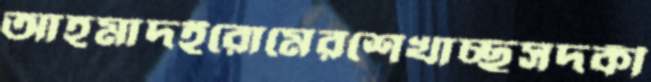
আহমাদইরোমেরশেখাচ্ছসদকী